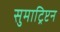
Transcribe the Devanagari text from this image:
सुमाट्रिप्टन